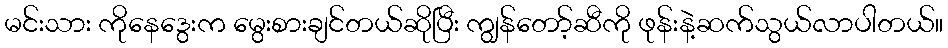
မင်းသား ကိုနေဒွေးက မွေးစားချင်တယ်ဆိုပြီး ကျွန်တော့်ဆီကို ဖုန်းနဲ့ဆက်သွယ်လာပါတယ်။